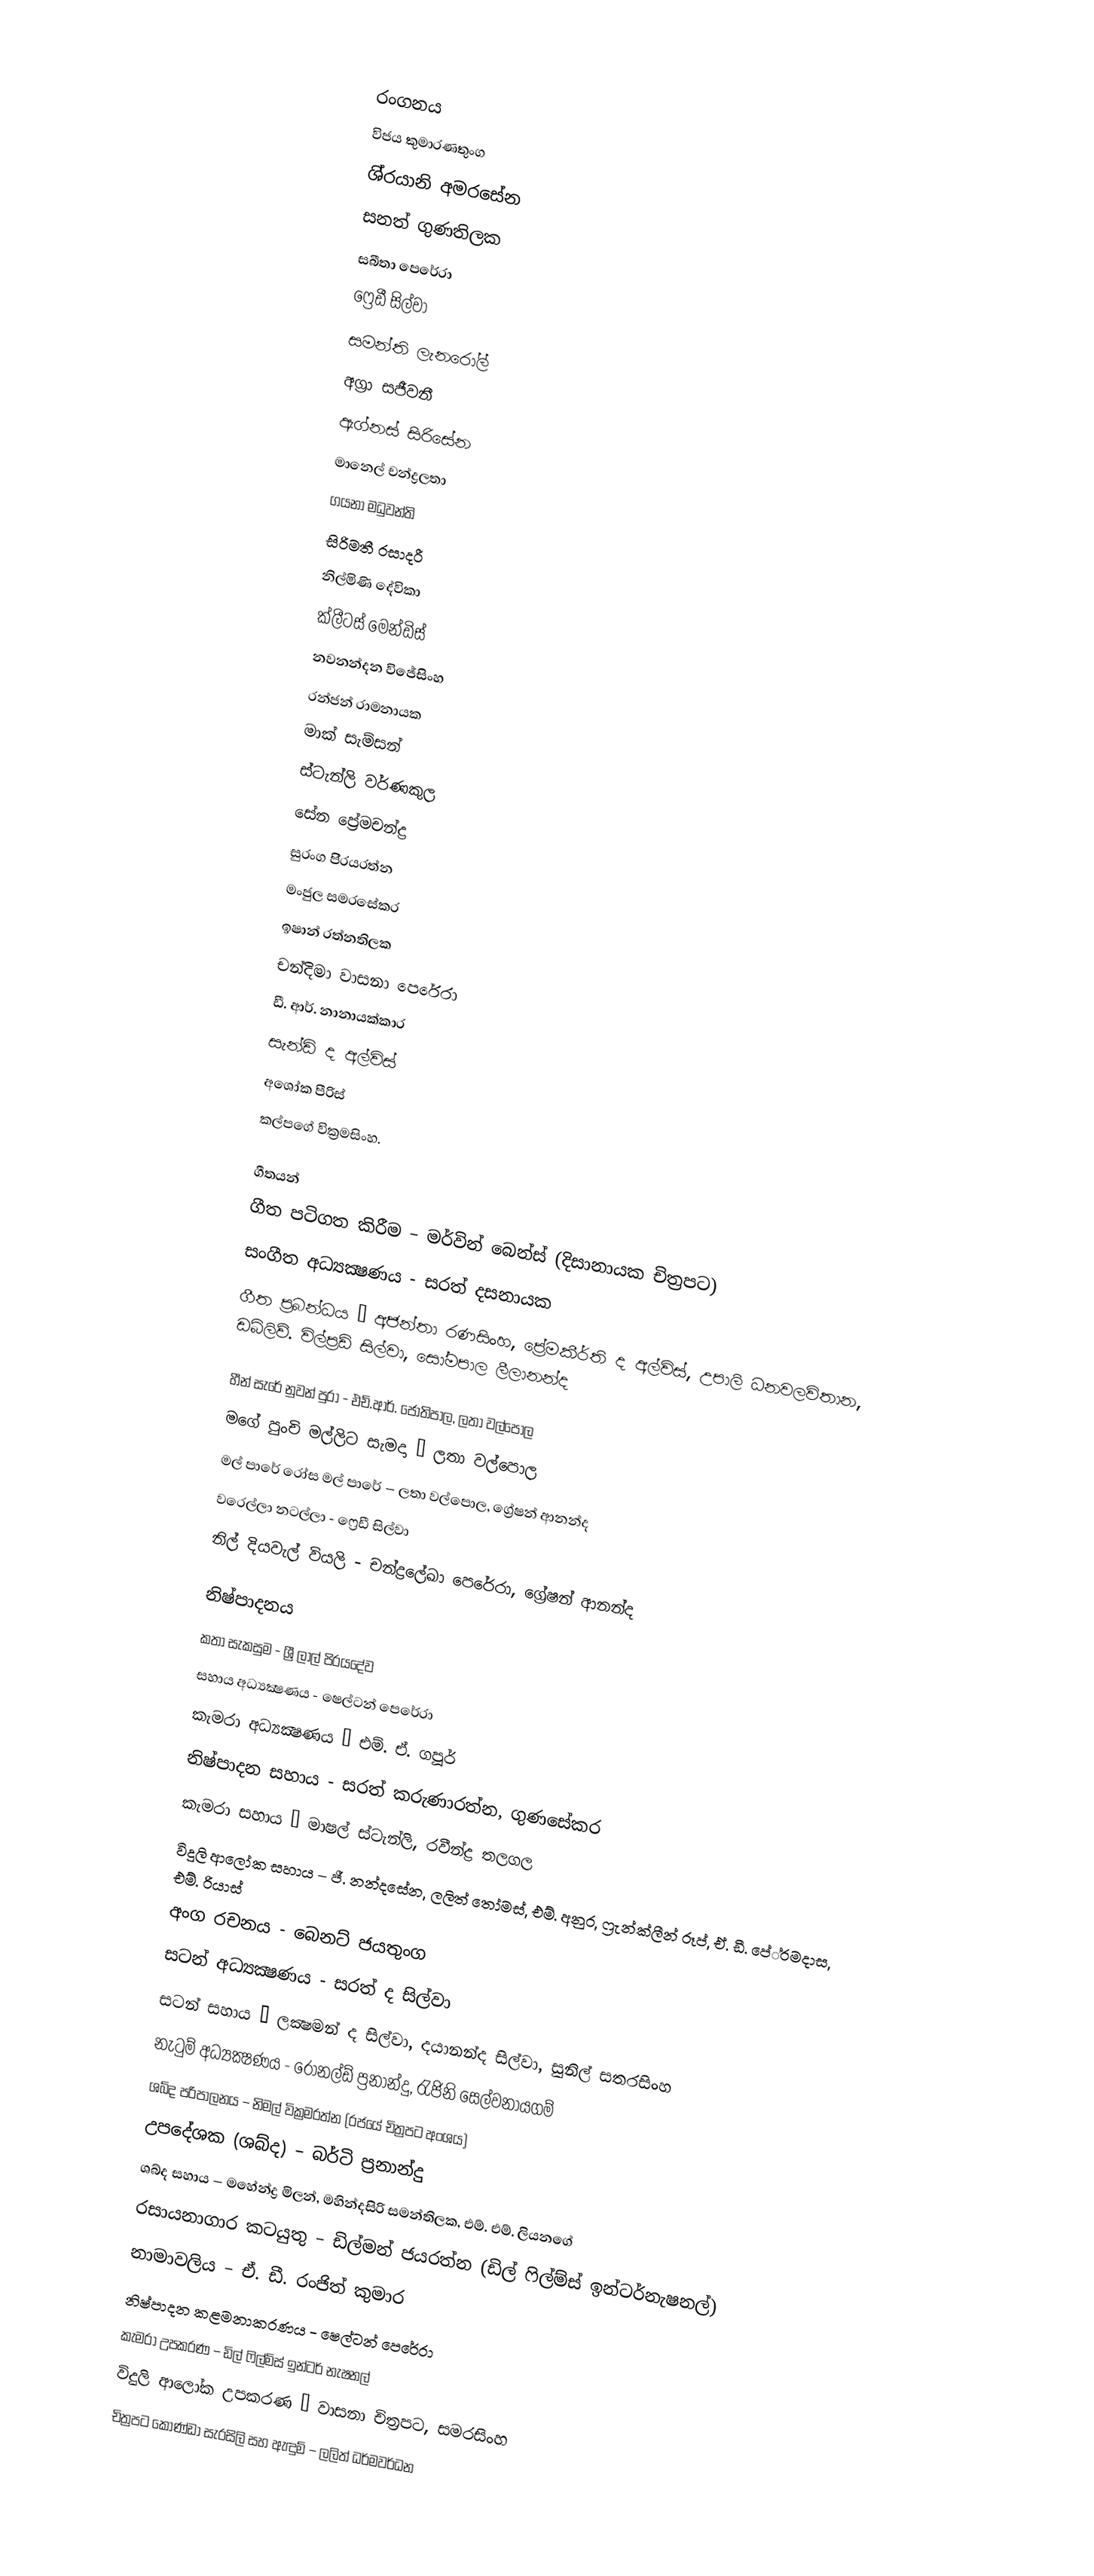

රංගනය
විජය කුමාරණතුංග
ශි‍්‍රයානි අමරසේන
සනත් ගුණතිලක
සබීතා පෙරේරා
ෆ්‍රෙඩී සිල්වා
සමන්ති ලැනරෝල්
අග්‍රා සජීවනී
ඇග්නස් සිරිසේන
මානෙල් චන්ද්‍රලතා
ගයනා මධුවන්ති
සිරිමතී රසාදරී
නිල්මිණි දේවිකා
ක්ලීටස් මෙන්ඩිස්
නවනන්දන විජේසිංහ
රන්ජන් රාමනායක
මාක් සැම්සන්
ස්ටැන්ලි වර්ණකුල
සේන ප්‍රේමචන්ද්‍ර
සුරංග පි‍්‍රයරත්න
මංජුල සමරසේකර
ඉෂාන් රත්නතිලක
චන්දිමා වාසනා පෙරේරා
ඩී. ආර්. නානායක්කාර
සැන්ඩි ද අල්විස්
අශෝක පීරිස්
කල්පගේ වික්‍රමසිංහ.

ගීතයන්
ගීත පටිගත කිරීම – මර්වින් බෙන්ස් (දිසානායක චිත්‍රපට)
සංගීත අධ්‍යක්‍ෂණය - සරත් දසනායක
ගීත ප්‍රබන්ධය – අජන්තා රණසිංහ, ප්‍රේමකීර්ති ද අල්විස්, උපාලි ධනවලවිතාන, ඩබ්ලිව්. විල්ප්‍රඩ් සිල්වා, සෝමපාල ලීලානන්ද

හීන් සැරේ නුවන් පුරා - එච්.ආර්. ජෝතිපාල, ලතා වල්පොල
මගේ පුංචි මල්ලිට සැමදා – ලතා වල්පොල
මල් පාරේ රෝස මල් පාරේ – ලතා වල්පොල, ග්‍රේෂන් ආනන්ද
වරෙල්ලා නටල්ලා - ෆ්‍රෙඩී සිල්වා
නිල් දියවැල් වියලි - චන්ද්‍රලේඛා පෙරේරා, ග්‍රේෂන් ආනන්ද

නිෂ්පාදනය
කතා සැකසුම - ශ්‍රී ලාල් පි‍්‍රයදේව
සහාය අධ්‍යක්‍ෂණය - ෂෙල්ටන් පෙරේරා
කැමරා අධ්‍යක්‍ෂණය – එම්. ඒ. ගපූර්
නිෂ්පාදන සහාය - සරත් කරුණාරත්න, ගුණසේකර
කැමරා සහාය – මාෂල් ස්ටැන්ලි, රවීන්ද්‍ර තලගල
විදුලි ආලෝක සහාය – ජී. නන්දසේන, ලලිත් තෝමස්, එම්. අනුර, ෆ්‍රැන්ක්ලීන් රූප්, ඒ. ඩී. පේ‍්‍රමදාස, එම්. රියාස්
අංග රචනය - බෙනට් ජයතුංග
සටන් අධ්‍යක්‍ෂණය - සරත් ද සිල්වා
සටන් සහාය – ලක්‍ෂමන් ද සිල්වා, දයානන්ද සිල්වා, සුනිල් සතරසිංහ
නැටුම් අධ්‍යක්‍ෂණය - රොනල්ඩ් ප්‍රනාන්දු, රැජිනි සෙල්වනායගම්
ශබ්ද පරිපාලනය – නිමල් වික්‍රමරත්න (රජයේ චිත්‍රපට අංශය)
උපදේශක (ශබ්ද) – බර්ටි ප්‍රනාන්දු
ශබ්ද සහාය – මහේන්ද්‍ර මිලන්, මහින්දසිරි සමන්තිලක, එම්. එම්. ලියනගේ
රසායනාගාර කටයුතු – ඩිල්මන් ජයරත්න (ඩිල් ෆිල්ම්ස් ඉන්ටර්නැෂනල්)
නාමාවලිය – ඒ. ඩී. රංජිත් කුමාර
නිෂ්පාදන කළමනාකරණය - ෂෙල්ටන් පෙරේරා
කැමරා උපකරණ – ඩිල් ෆිල්ම්ස් ඉන්ටර් නැෂනල්
විදුලි ආලෝක උපකරණ – වාසනා චිත්‍රපට, සමරසිංහ
චිත්‍රපට කොණ්ඩා සැරසිලි සහ ඇඳුම් – ලලිත් ධර්මවර්ධන